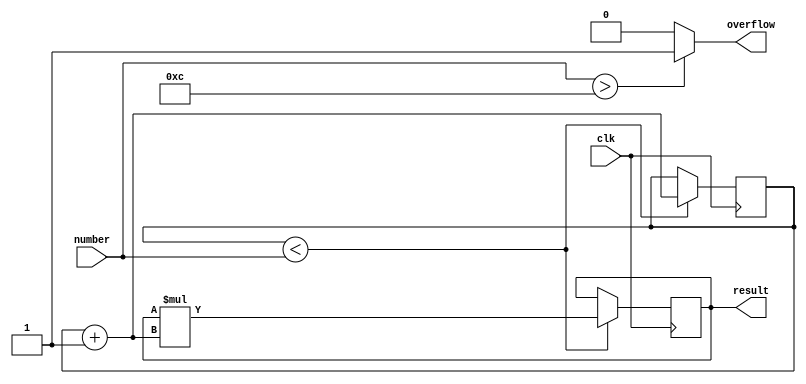
module factr(number, overflow,result,clk);
    
	input clk;

  input[31:0] number;
    
	output[31:0] result;
    
	reg [31:0] result;
    
	reg [31:0] counter; //integer counter
    
	output overflow;
    
	assign overflow=(number>32'b1100)?1:0;
    
	initial begin
        
		counter=0;
        
		result=32'b1;
    
	end
    
	always@(posedge clk) begin
        
		if (counter<number) begin
            		

counter=counter+1;
            		

result=result*counter;
        	
	end
 
end
endmodule